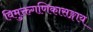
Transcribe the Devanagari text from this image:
विमुक्तगणिकासङ्गाय